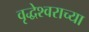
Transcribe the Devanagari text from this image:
वृद्धेश्वराच्या